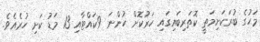
މަހުގެ ބުރަކަށިމަތީ ކޮތަރިބައިގައި ހަރުކޮށް ހުންނަ 9ކައްޓާއި 13 މަޑު ކަށި ހުރެއެވެ.